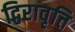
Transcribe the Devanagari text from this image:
द्विरावृत्ति